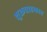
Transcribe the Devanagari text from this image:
शुक्रवाहकात